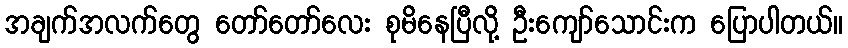
အချက်အလက်တွေ တော်တော်လေး စုမိနေပြီလို့ ဦးကျော်သောင်းက ပြောပါတယ်။